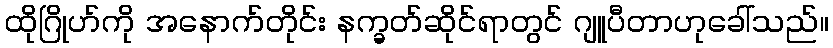
ထိုဂြိုဟ်ကို အနောက်တိုင်း နက္ခတ်ဆိုင်ရာတွင် ဂျူပီတာဟုခေါ်သည်။